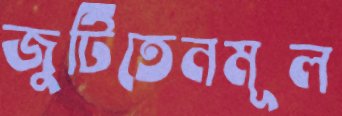
জুটিতেনমূল